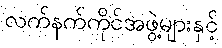
လက်နက်ကိုင်အဖွဲ့များနှင့်